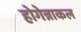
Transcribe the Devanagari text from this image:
होगेन्नाकल